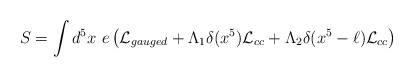
\begin{align*}S=\int d^5x~e\left( {\cal L}_{gauged} + \Lambda_1\delta(x^5){\cal L}_{cc}+\Lambda_2\delta(x^5-\ell){\cal L}_{cc}\right)\end{align*}